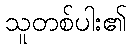
သူတစ်ပါး၏